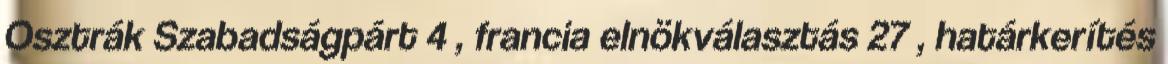
Osztrák Szabadságpárt 4 , francia elnökválasztás 27 , határkerítés